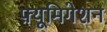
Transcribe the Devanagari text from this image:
फ़्यूमिगेशन